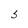
Character: S